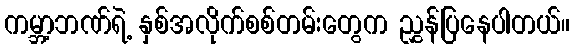
ကမ္ဘာ့ဘဏ်ရဲ့ နှစ်အလိုက်စစ်တမ်းတွေက ညွှန်ပြနေပါတယ်။